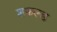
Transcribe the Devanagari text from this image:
शफल्ड